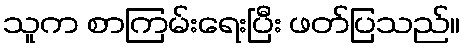
သူက စာကြမ်းရေးပြီး ဖတ်ပြသည်။